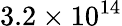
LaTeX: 3.2\times 10^{14}